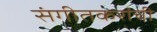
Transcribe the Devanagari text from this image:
संगीतकरांची